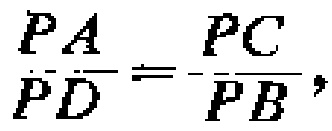
$\frac{PA}{PD}=\frac{PC}{PB},$